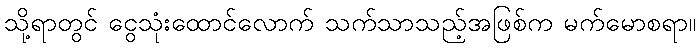
သို့ရာတွင် ငွေသုံးထောင်လောက် သက်သာသည့်အဖြစ်က မက်မောစရာ။